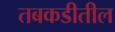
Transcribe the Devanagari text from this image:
तबकडीतील